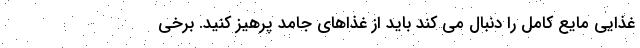
غذایی مایع کامل را دنبال می کند باید از غذاهای جامد پرهیز کنید. برخی